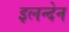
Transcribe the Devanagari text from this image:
इलन्देन